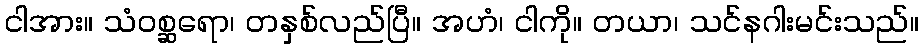
ငါအား။ သံဝစ္ဆရော၊ တနှစ်လည်ပြီ။ အဟံ၊ ငါကို။ တယာ၊ သင်နဂါးမင်းသည်။